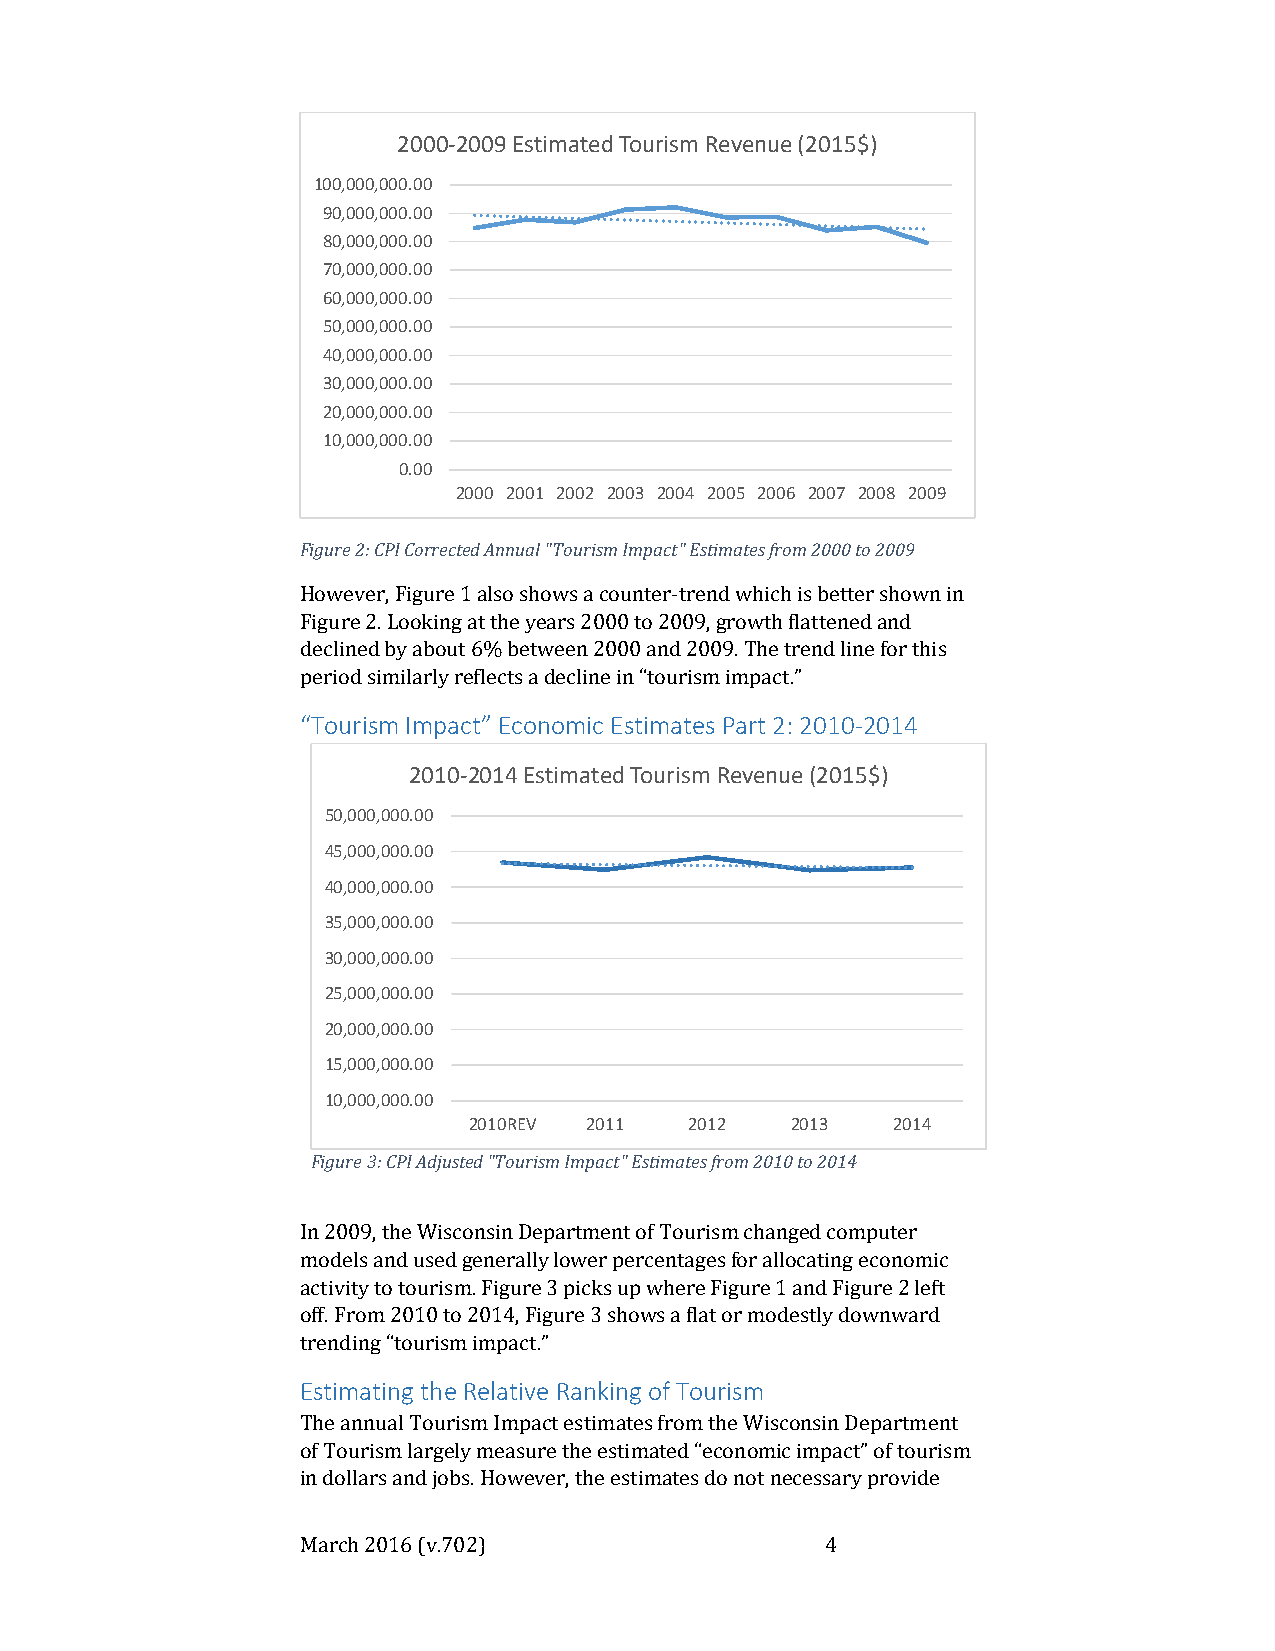
2000-2009 Estimated Tourism Revenue (2015$)
 100,000,000.00
 90,000,000.00
 80,000,000.00
 70,000,000.00
 60,000,000.00
 50,000,000.00
 40,000,000.00
 30,000,000.00
 20,000,000.00
 10,000,000.00
 0.00
 2000 2001 2002 2003 2004 2005 2006 2007 2008 2009
 Figure 2: CPI Corrected Annual "Tourism Impact" Estimates from 2000 to 2009
 However, Figure 1 also shows a counter-trend which is better shown in
 Figure 2. Looking at the years 2000 to 2009, growth flattened and
 declined by about 6% between 2000 and 2009. The trend line for this
 period similarly reflects a decline in “tourism impact.”
 “Tourism Impact” Economic Estimates Part 2: 2010-2014
 2010-2014 Estimated Tourism Revenue (2015$)
 50,000,000.00
 45,000,000.00
 40,000,000.00
 35,000,000.00
 30,000,000.00
 25,000,000.00
 20,000,000.00
 15,000,000.00
 10,000,000.00
 2010REV 2011   2012  2013   2014
 Figure 3: CPI Adjusted "Tourism Impact" Estimates from 2010 to 2014
 In 2009, the Wisconsin Department of Tourism changed computer
 models and used generally lower percentages for allocating economic
 activity to tourism. Figure 3 picks up where Figure 1 and Figure 2 left
 off. From 2010 to 2014, Figure 3 shows a flat or modestly downward
 trending “tourism impact.”
 Estimating the Relative Ranking of Tourism
 The annual Tourism Impact estimates from the Wisconsin Department
 of Tourism largely measure the estimated “economic impact” of tourism
 in dollars and jobs. However, the estimates do not necessary provide
 March 2016 (v.702)                 4